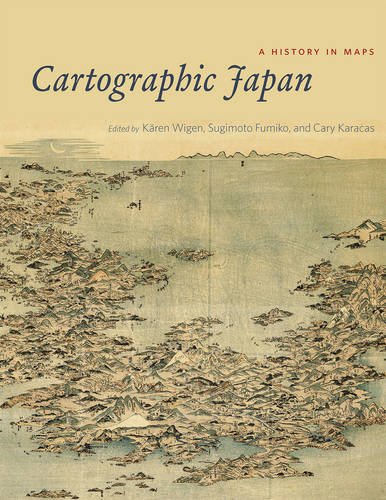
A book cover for Cartographic Japan: A History in Maps; Science & Math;